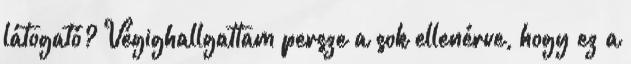
látogató? Végighallgattam persze a sok ellenérve, hogy ez a